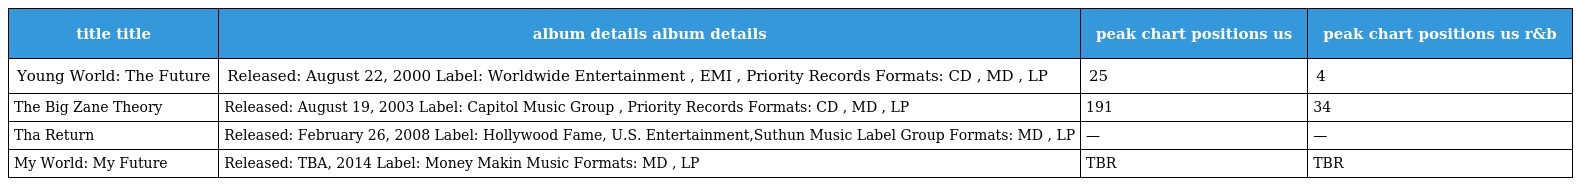
| title title | album details album details | peak chart positions us | peak chart positions us r&b |
 | --- | --- | --- | --- |
 | Young World: The Future | Released: August 22, 2000 Label: Worldwide Entertainment , EMI , Priority Records Formats: CD , MD , LP | 25 | 4 |
 | The Big Zane Theory | Released: August 19, 2003 Label: Capitol Music Group , Priority Records Formats: CD , MD , LP | 191 | 34 |
 | Tha Return | Released: February 26, 2008 Label: Hollywood Fame, U.S. Entertainment,Suthun Music Label Group Formats: MD , LP | — | — |
 | My World: My Future | Released: TBA, 2014 Label: Money Makin Music Formats: MD , LP | TBR | TBR |